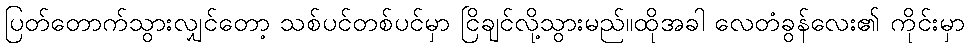
ပြတ်တောက်သွားလျှင်တော့ သစ်ပင်တစ်ပင်မှာ ငြိချင်လို့သွားမည်။ထိုအခါ လေတံခွန်လေး၏ ကိုင်းမှာ